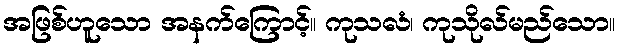
အဖြစ်ဟူသော အနက်ကြောင့်။ ကုသလံ၊ ကုသိုလ်မည်သော။